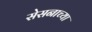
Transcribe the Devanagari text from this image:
सेसनाच्या